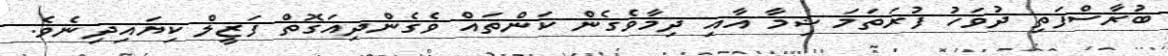
ބުރާސްފަތި ދުވަހު ފުރަތަމަ ޝިމާ އާއި ދިމާވެގެން ކަންތައް ވެގެންދިއަގޮތް ފަޒީލް ކިޔައިދިނެވެ.